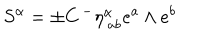
LaTeX: S ^ { \alpha } = \pm C \, { } ^ { - } \eta _ { \ a b } ^ { \alpha } e ^ { a } \wedge e ^ { b } \label S